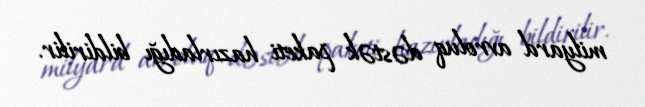
milyard avroluq dəstək paketi hazırladığı bildirilir.